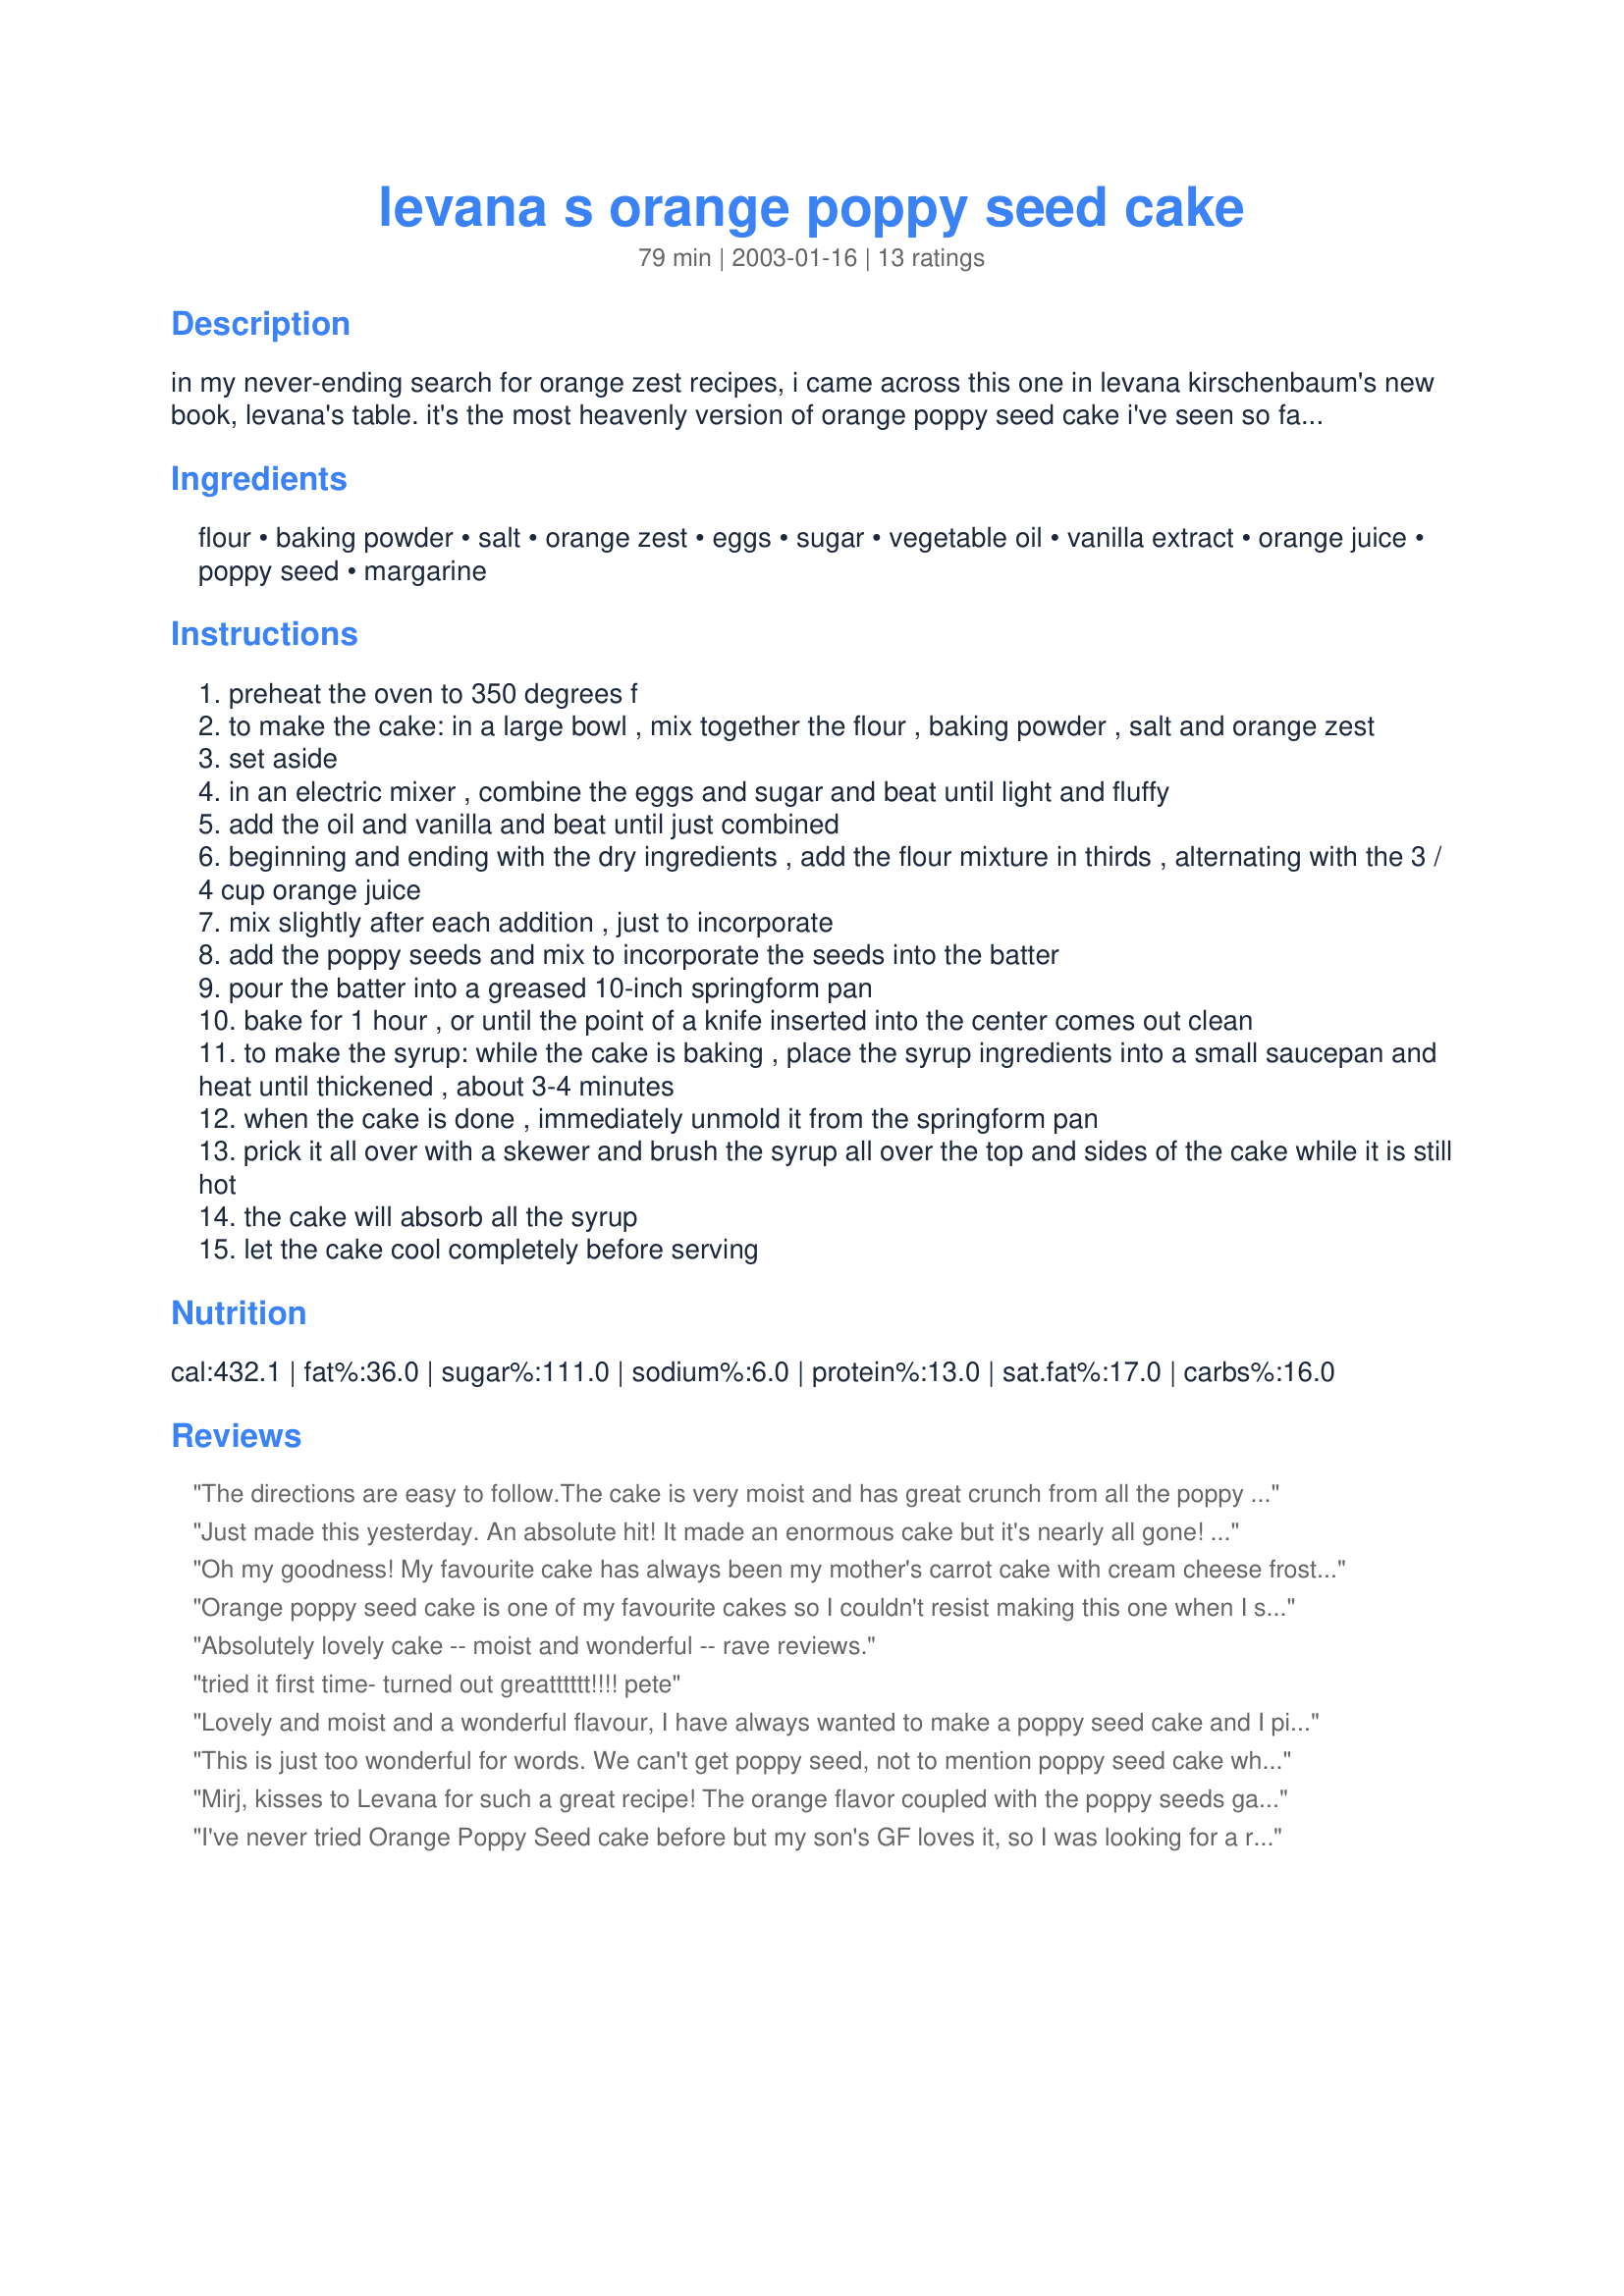
levana s orange poppy seed cake
Preparation time: 79 minutes

in my never-ending search for orange zest recipes, i came across this one in levana kirschenbaum's new book, levana's table. it's the most heavenly version of orange poppy seed cake i've seen so far. my only change to the recipe was to move it from the food processor to the stand mixer.

Ingredients:
flour, baking powder, salt, orange zest, eggs, sugar, vegetable oil, vanilla extract, orange juice, poppy seed, margarine

Steps:
preheat the oven to 350 degrees f
to make the cake: in a large bowl , mix together the flour , baking powder , salt and orange zest
set aside
in an electric mixer , combine the eggs and sugar and beat until light and fluffy
add the oil and vanilla and beat until just combined
beginning and ending with the dry ingredients , add the flour mixture in thirds , alternating with the 3 / 4 cup orange juice
mix slightly after each addition , just to incorporate
add the poppy seeds and mix to incorporate the seeds into the batter
pour the batter into a greased 10-inch springform pan
bake for 1 hour , or until the point of a knife inserted into the center comes out clean
to make the syrup: while the cake is baking , place the syrup ingredients into a small saucepan and heat until thickened , about 3-4 minutes
when the cake is done , immediately unmold it from the springform pan
prick it all over with a skewer and brush the syrup all over the top and sides of the cake while it is still hot
the cake will absorb all the syrup
let the cake cool completely before serving

Reviews:
The directions are easy to follow.The cake is very moist and has great crunch from all the poppy seeds. You should not leave out the syrup - makes the cake moist, tasty and gives it a nice shiny glaze. However even with the syrup, I found the orange flavor too mild so I might double the amount of zest next time and reduce the poppy seeds to 1/2 cup. Thank you for a great recipe.
Just made this yesterday. An absolute hit! It made an enormous cake but it's nearly all gone! I tried it out on the family as I have to make a birthday cake for someone at work next week. I added a bit extra orange rind and it had a fabulous tangy flavour. The glaze is delicious. I should have put a plate under the cake when glazing it as I lost half the glaze on the bench but it was still moist and yummy. I might make a cream cheese frosting for the birthday cake for appearances sake, but it doesn't really need it for flavour. Definitely keeping this recipe!
Oh my goodness! My favourite cake has always been my mother's carrot cake with cream cheese frosting, but this may very well have it beat. My boyfriend's birthday was approaching and I asked him what flavor cake he likes. When he said &quot;orange poppyseed&quot;, I was dumbfounded. I had never hear of it. I thought he must have meant &quot;lemon poppyseed&quot;, but I asked and he said no, it was definitely orange poppyseed. So, I sought out a recipe and landed on this one... And now I think I want all cake occasions to feature this one, front and centre. I did make a couple of modifications: First, I wasn't used to my new oven yet, and ended up browning the cake more than I should have (luckily I caught it before it burned!). So, to compensate, I made double the syrup and the cake drank it up nicely and was deliciously moist. I think I also added a bit more orange juice to the syrup. Second, I made a cream cheese frosting to cover it - fabulous combination! And finally, I saved the orange peel and candied it, then decorated the top of the cream cheese frosting with swirls of candied orange peel - extra decadent, and pretty :-)
Orange poppy seed cake is one of my favourite cakes so I couldn't resist making this one when I saw it. I like a really orange flavour and the syrup really helps in adding to this. I also added an extra tablespoon of zest (three in total) but I think next time I make it I'll even add four tablespoons and see how that goes. I also only added 1/2 cup of poppy seeds. Besides all of these changes I still give this recipe 5 stars because it's so easy to follow and it looks beautiful with the glaze! Thanks so much for posting Mirj!
Absolutely lovely cake -- moist and wonderful -- rave reviews.
tried it first time- turned out greatttttt!!!! pete
Lovely and moist and a wonderful flavour, I have always wanted to make a poppy seed cake and I picked a winner with this one. Love the syrup glaze.
Delicious.
This is just too wonderful for words. We can't get poppy seed, not to mention poppy seed cake where I am from. But Luby was such a wonderful wonderful soul, she sent me some (RAK), and I got the opportunity to try this cake. It was worth using half my stash on this wonderful wonderful cake!! 

Everyone at home loved it. I followed the recipe to the T except, i read the recipe wrongly and added a whole cup of orange juice in instead, it was FINE. The cake was not the least bit ruined. Still mouth watering. 

Guys, do try this cake, and you MUST make that sauce!! It was just so delish!! Goes really well. I added some more on the top of the cake after it had cooled, so it gave it a nice glossy glaze as well...oh man...great flavours!! Mirj thank you for this great recipe!!
Mirj, kisses to Levana for such a great recipe!
The orange flavor coupled with the poppy seeds gave this cake its great flavor.

On a personal note: Mirj, everytime I "zest" I think of you!
I've never tried Orange Poppy Seed cake before but my son's GF loves it, so I was looking for a recipe I could try for her. I made this last night and I love the poppy seed texture and the orange flavour. Mine came out a little drier than I would have liked, that could be because I ran out of all purpose flour and had to add 1/2 wholemeal flour and 1/2 cup semolina. Still tasted pretty good, thanks for sharing
This recipe was fantastic! For more just like it, I recommend visiting http://www.levanakirschenbaum.com - She gives the best Kosher Cooking classes in town.
This cake was worth the effort. It is moist, and flavorful. The presentation is wonderful on any table..golden and glazed with a fragrant, fruity aroma. Julie Russo recommends zesting fruit over the bowl in which the batter will be mixed, so that the oil of the fruit will be captured in the batter. This tip really adds flavor, and fragrance.
This was a delicious moist cake with just the right amount of citrus flavor and a distinct poppy seed crunch. My husband and older kids want more.
